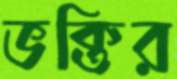
ভক্তির